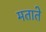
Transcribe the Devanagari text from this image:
मताते